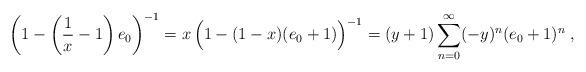
LaTeX: \begin{align*} \left(1-\left(\frac{1}{x}-1\right)e_0\right)^{-1}=x\,\Big(1-(1-x)(e_0+1)\Big)^{-1} =(y+1)\sum_{n=0}^\infty (-y)^n (e_0+1)^n\;,\end{align*}